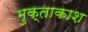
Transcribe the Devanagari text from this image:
मुक्ताकाश